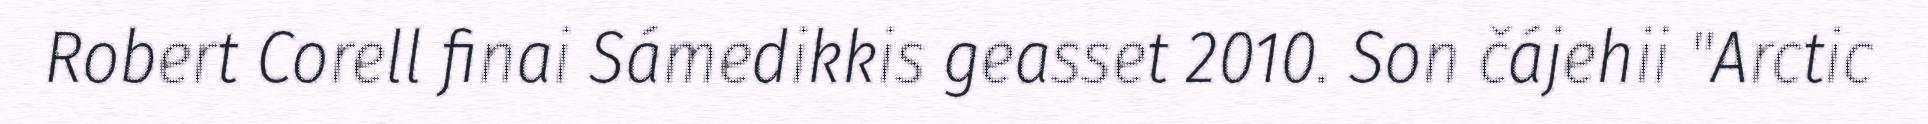
Robert Corell finai Sámedikkis geasset 2010. Son čájehii "Arctic